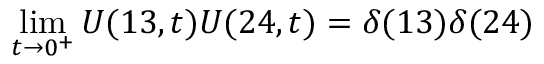
\operatorname* { l i m } _ { t \to 0 ^ { + } } U ( 1 3 , t ) U ( 2 4 , t ) = \delta ( 1 3 ) \delta ( 2 4 )